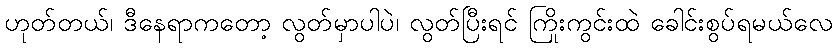
ဟုတ်တယ်၊ ဒီနေရာကတော့ လွတ်မှာပါပဲ၊ လွတ်ပြီးရင် ကြိုးကွင်းထဲ ခေါင်းစွပ်ရမယ်လေ